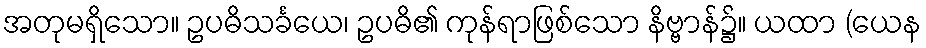
အတုမရှိသော။ ဥပဓိသင်္ခယေ၊ ဥပဓိ၏ ကုန်ရာဖြစ်သော နိဗ္ဗာန်၌။ ယထာ (ယေန